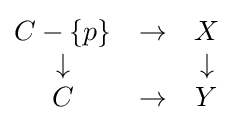
{\begin{matrix}C-\{p\}&\rightarrow &X\\\downarrow &&\downarrow \\C&\rightarrow &Y\end{matrix}}